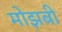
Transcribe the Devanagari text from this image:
मोझबी